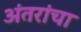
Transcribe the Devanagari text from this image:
अंतरांचा